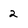
Character: 2